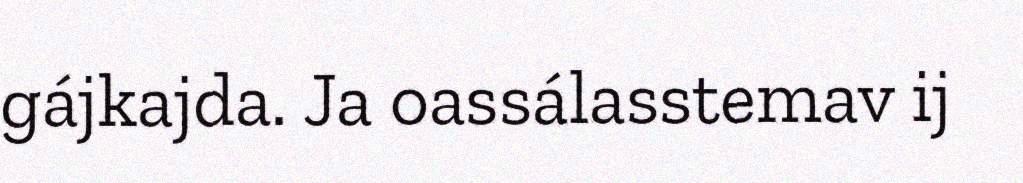
gájkajda. Ja oassálasstemav ij